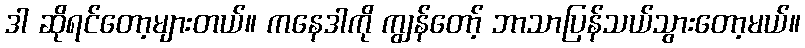
ဒါ ဆိုရင်တော့များတယ်။ ကနေဒါကို ကျွန်တော့် ဘာသာပြန်သယ်သွားတော့မယ်။